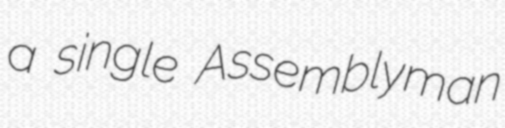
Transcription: a single Assemblyman